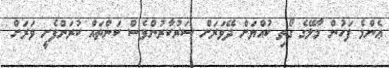
ޢެންމެ ފަހުން މާލޭގެ ގޯތި ކުއްޔަށް ދޭވަރަށް ސަރުކާރުންވެސް ކަންތައް ކުރަންފެށީ ވަރަށް